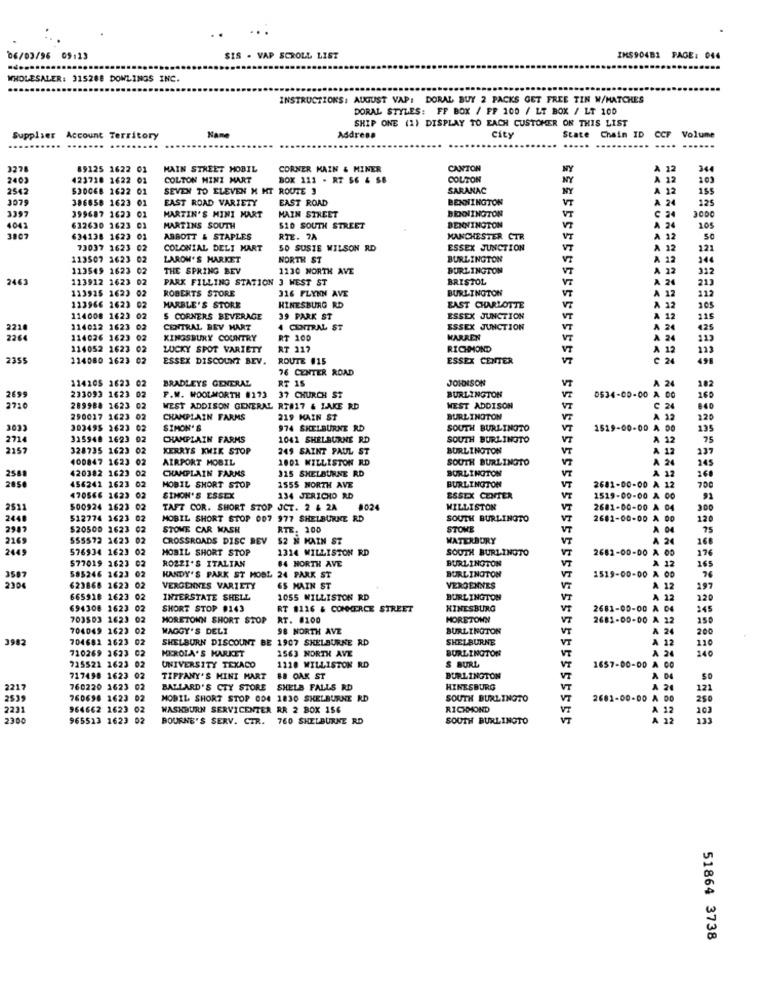
06/03/96 05:13
SIS . VAP SCROLL LIST
IMS904B1 PAGE: 044
WHOLESALER: 315288 DOWLINGS INC.
INSTRUCTIONS: AUGUST VAP: DORAL BUY 2 PACKS GET FREE TIN W/MATCHES
DORAL STYLES: FF BOX / FF 100 / LT BOX / LT 100
SHIP ONE (1) DISPLAY TO EACH CUSTOMER ON THIS LIST
city
CCF
Volume
Supplier Account Territory
Name
Address
State Chain ID
89125 1622 01
MAIN STREET MOBIL
CORNER MAIN & MINER
CANTON
NY
344
2403
423718 1622 01
COLTON MINI MART
BOK 111 - RT 56 & SB
COLTON
NY
103
2542
530068 1622
SEVEN TO ELEVEN H MT ROUTE 3
SARANAC
NY
. 12
155
3079
386858 1623 01
EAST ROAD VARIETY
EAST ROAD
BENNINGTON
VT
125
3397
399687 1623 01
MAIN STREET
3000
MARTIN'S MINI MART
BENNINGTON
BENNINGTON
4043
632630 1623 01
MARTINS SOUTH
$10 SOUTH STREET
24
105
3807
634138 1623
ABBOTT & STAPLES
RTE. 7A
MANCHESTER CTR
VT
12
SC
73037 1623 02
COLONIAL DELI MART
SO SUSTE WILSON RD
ESSEX JUNCTION
V7
32
121
113507 1623 02
LAROM'S MARKET
NORTH ST
BURLINGTON
144
113549 1623 0
THE SPRING BEV
1130 NORTH AVE
BURLINGTON
312
2463
113912 1623 02
PARK FILLING STATION 3 WEST ST
BRISTOL
24
213
113925 1623 0
ROBERTS STORE
316 FLYNN AVE
BURLINGTON
VT
A 12
112
HINESBURG RD
123966 2623
MARBLE'S STORE
EAST CHARLOTTE
A 12
205
114008 1623
02
S CORNERS BEVERAGE
39 PARK ST
ESSEX JUNCTION
VT
12
115
2210
114012 1623 02
CENTRAL BEV MART
4 CENTRAL ST
ESSEX JUNCTION
VT
A 24
425
2264
114026 1623 02
KINGSBURY COUNTRY
RT 100
WARREN
VT
. 24
113
114052 1623 02
LUCKY SPOT VARIETY
RT 117
RICHMOND
VT
A 12
123
2355
114080 1623 C
ESSEX DISCOUNT BEV.
ROUTE #15
ESSEX CENTER
:24
491
76 CENTER ROAD
114105 1623 02
BRADLEYS GENERAL
RT 15
JOHDISON
A 24
182
VE
VT
2699
233093 1623 0
F.W. WOOLWORTH #173
37 CHURCH ST
BURLINGTON
0534-00-00 A 00
160
2710
289988 1623 02
WEST ADDISON GENERAL RT#17 & LAKE RD
WEST ADDISON
C 24
250017 1623 02
CHAMPLAIN FARMS
219 MAIN ST
BURLINGTON
A 32
120
3033
303495 2623 02
SIMON'S
974 SHELBURNE RD
SOUTH BURLINGTO
VT
1519-00-00 A 00
135
2714
315948 1623
02
CHAMPLAIN FARMS
1041 SHELBURNE RD
SOUTH BURLINGTO
A 12
75
2157
328735 1623 02
KERRYS KWIK STOP
249 SAINT PAUL ST
BURLINGTON
A 12
137
100847 1623
02
AIRPORT MOBIL
1001 WILLISTON RD
SOUTH BURLINGTO
A 24
245
420382 1623 02
CHAMPLAIN FARMS
315 SHELBURNE RD
BURLINGTON
VT
A 12
160
258
2850
456241 1623 02
MOBIL SHORT STOP
1555 NORTH AVE
BURLINGTON
2681-00-00 A 12
700
470566 1623 0
SIMON'S ESSEX
134 JERICHO RD
ESSEX CENTER
1519-00-00 A 00
91
2511
500924 2623 0
TAFT COR. SHORT STOP JCT. 2 & 2A
8024
WILLISTON
2681-00-00 A 04
300
2448
512774 1623 0
MOBIL SHORT STOP 007 977 SHELBURNE RD
SOUTH BURLINGTO
2681-00-00 A 00
120
2987
$20500 1623 02
STOME CAR WASH
RTE. 200
STOWE
VT
A 04
75
2169
555572 1623 02
CROSSROADS DISC REV
$2 N MAIN ST
WATERBURY
A 24
168
2449
576934 1623 02
MOBIL SHORT STOP
1314 WILLISTON RD
SOUTH BURLINGTO
2682-00-00 A 0
176
$77019 1623 02
ROZZI'S ITALIAN
84 HORTH AVE
BURLINGTON
VI
A 12
165
350
HANDY'S PARK ST MOBL 24 PARK ST
VT
1519-00-00 A 00
585246 1623 0
BURLINGTON
230
623868 1622 02
VERGENNES VARIETY
6S MAIN ST
VERGENNES
A 12
197
665918 1623 0
INTERSTATE SHELL
1055 WILLISTON RD
BURLINGTON
A 12
120
694308 1623
SHORT STOP #143
RT #116 & COMMERCE STREET
HINESBURG
VT
2681-00-00 A 04
345
703503 1623 02
MORETONN SHORT STOP
RT. #100
HORETOWN
VT
2681-00-00 A 22
150
704049 1623 02
MAGGY'S DELI
98 NORTH AVE
BURLINGTON
VT
A 24
200
3982
704681 1623 02
SHELBURN DISCOUNT BE 1907 SHELBURNE RD
SHELBURNE
VT
12
120
710269 3623 02
HEROLA'S MARKET
1563 NORTH AVE
BURLINGTON
A 2
240
VT
715521 1623 02
UNIVERSITY TEXACO
1110 MILLISTON RD
S BURL
1657-00-00 A CO
717498 1623 02
TIFFANY'S MINI MART
BB OAK ST
BURLINGTON
VT
A 04
2217
760220 1623 02
BALLARD'S CTY STORE SHELD FALLS RD
HINESBURG
VT
A 20
121
2539
760698 1623 02
MOBIL. SHORT STOP 004 1830 SHELBURNE RD
SOUTH BURLINGTO
2681-00-00 A DO
250
2231
964662 1623 02
WASHBURN SERVICENTER RR 2 BOX 156
RICHMOND
A 12
103
2300
965513 1623 02
BOURNE'S SERV. CTR.
760 SHELBURNE RD
SOUTH BURLINGTO
A 22
51864 3738